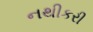
નથીકરી